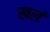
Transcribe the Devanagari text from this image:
खलं